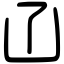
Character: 𠙶